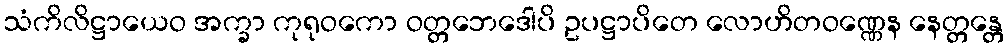
သံကိလိဋ္ဌာယေဝ အက္ခာ ကုရုဝကော ဝတ္တဘေဒေါပိ ဥပဋ္ဌာပိတေ လောဟိတဝဏ္ဏေန နေတ္တန္တေ